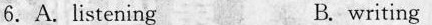
6.Alistening B.writing